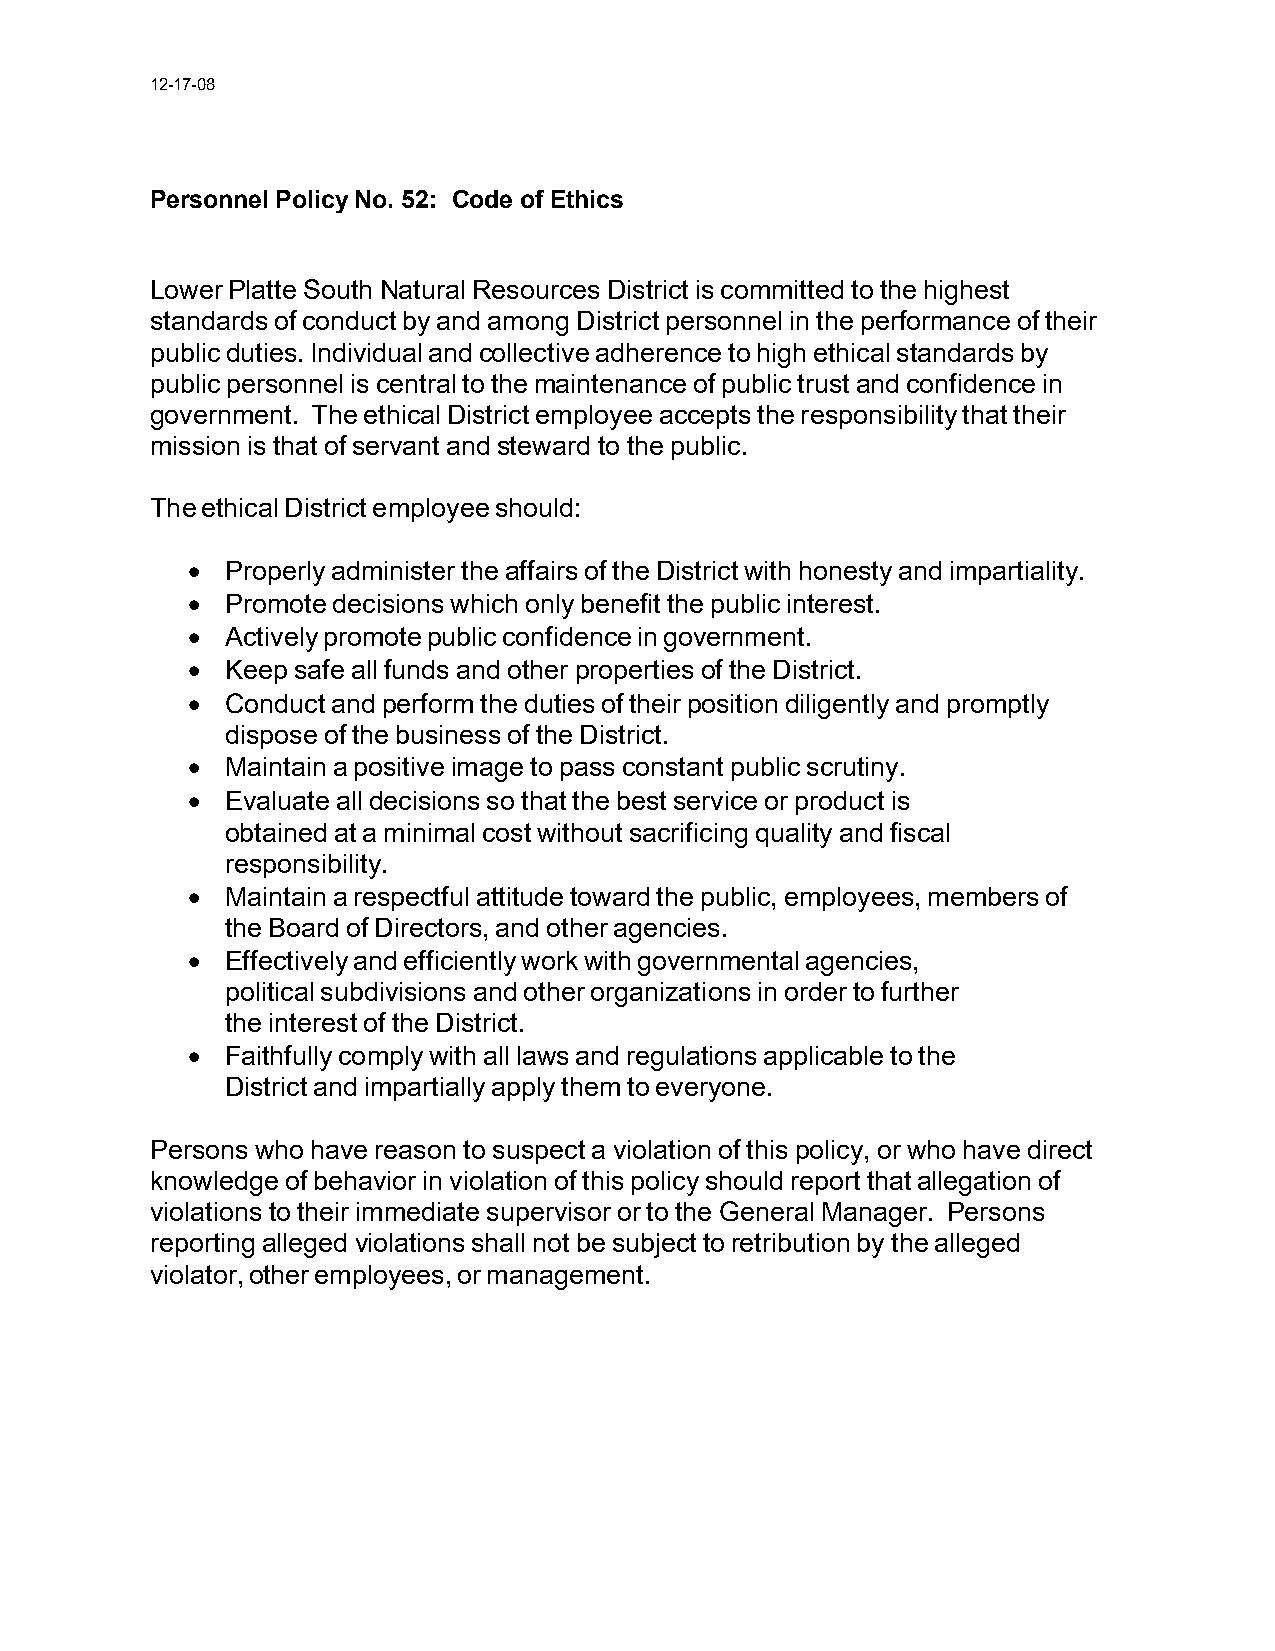
12-17-08
 Personnel Policy No. 52: Code of Ethics
 Lower Platte South Natural Resources District is committed to the highest
 standards of conduct by and among District personnel in the performance of their
 public duties. Individual and collective adherence to high ethical standards by
 public personnel is central to the maintenance of public trust and confidence in
 government. The ethical District employee accepts the responsibility that their
 mission is that of servant and steward to the public.
 The ethical District employee should:
 •  Properly administer the affairs of the District with honesty and impartiality.
 •  Promote decisions which only benefit the public interest.
 •  Actively promote public confidence in government.
 •  Keep safe all funds and other properties of the District.
 •  Conduct and perform the duties of their position diligently and promptly
 dispose of the business of the District.
 •  Maintain a positive image to pass constant public scrutiny.
 •  Evaluate all decisions so that the best service or product is
 obtained at a minimal cost without sacrificing quality and fiscal
 responsibility.
 •  Maintain a respectful attitude toward the public, employees, members of
 the Board of Directors, and other agencies.
 •  Effectively and efficiently work with governmental agencies,
 political subdivisions and other organizations in order to further
 the interest of the District.
 •  Faithfully comply with all laws and regulations applicable to the
 District and impartially apply them to everyone.
 Persons who have reason to suspect a violation of this policy, or who have direct
 knowledge of behavior in violation of this policy should report that allegation of
 violations to their immediate supervisor or to the General Manager. Persons
 reporting alleged violations shall not be subject to retribution by the alleged
 violator, other employees, or management.